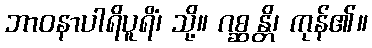
ဘာဝနာပါရိပူရိံ၊ သို့။ ဂစ္ဆန္တိ၊ ကုန်၏။